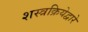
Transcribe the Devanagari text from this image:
शस्त्रक्रियेद्वारे